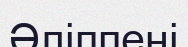
Әліппені